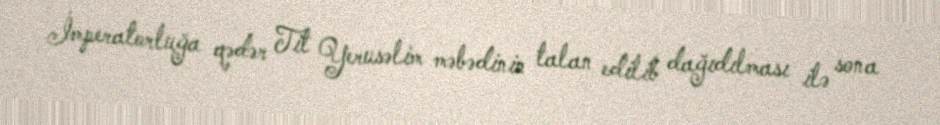
İmperatorluğa qədər Tit Yerusəlim məbədinin talan edilib dağıdılması ilə sona